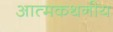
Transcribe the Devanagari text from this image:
आत्मकथनीय